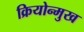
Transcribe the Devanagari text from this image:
क्रियोन्मुख